Document type: Anniversary endowment
Year: 1486
Scribe: Bartomeu Masons
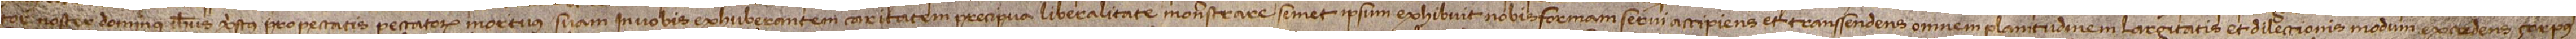
tor noster Dominus Ihesus Christus pro peccatis peccatorum mortuus suam in vobis exhuberantem caritatem precipua liberalitate monstrare, semet ipsum exhibuit nobis formam servi accipiens et transsendens omnem planitudinem largitatis et dilectionis modum excedens corpus